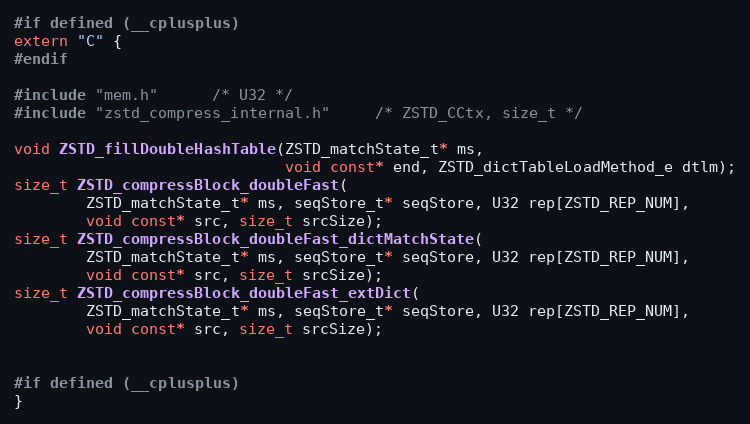
Language: C
#if defined (__cplusplus)
extern "C" {
#endif

#include "mem.h"      /* U32 */
#include "zstd_compress_internal.h"     /* ZSTD_CCtx, size_t */

void ZSTD_fillDoubleHashTable(ZSTD_matchState_t* ms,
                              void const* end, ZSTD_dictTableLoadMethod_e dtlm);
size_t ZSTD_compressBlock_doubleFast(
        ZSTD_matchState_t* ms, seqStore_t* seqStore, U32 rep[ZSTD_REP_NUM],
        void const* src, size_t srcSize);
size_t ZSTD_compressBlock_doubleFast_dictMatchState(
        ZSTD_matchState_t* ms, seqStore_t* seqStore, U32 rep[ZSTD_REP_NUM],
        void const* src, size_t srcSize);
size_t ZSTD_compressBlock_doubleFast_extDict(
        ZSTD_matchState_t* ms, seqStore_t* seqStore, U32 rep[ZSTD_REP_NUM],
        void const* src, size_t srcSize);

#if defined (__cplusplus)
}